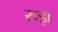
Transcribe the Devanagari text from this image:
रुझ